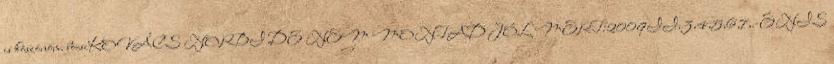
is köszönöm. bocsiKOVÁCS NORBI DE NEM MONTAD JÓL MERT:2009II.3,4,5,6,7,.-ÉNIS